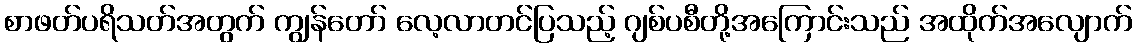
စာဖတ်ပရိသတ်အတွက် ကျွန်တော် လေ့လာတင်ပြသည့် ဂျစ်ပစီတို့အကြောင်းသည် အထိုက်အလျောက်